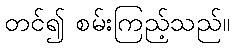
တင်၍ စမ်းကြည့်သည်။